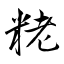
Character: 粩